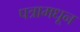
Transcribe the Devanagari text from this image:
पत्रामधून